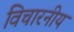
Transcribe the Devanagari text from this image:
विचारनीय